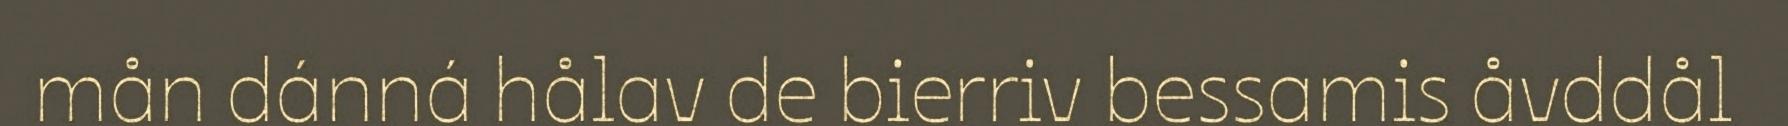
mån dánná hålav de bierriv bessamis åvddål